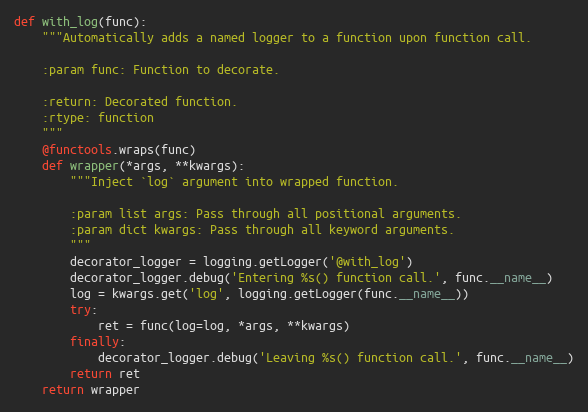
Language: Python
def with_log(func):
    """Automatically adds a named logger to a function upon function call.

    :param func: Function to decorate.

    :return: Decorated function.
    :rtype: function
    """
    @functools.wraps(func)
    def wrapper(*args, **kwargs):
        """Inject `log` argument into wrapped function.

        :param list args: Pass through all positional arguments.
        :param dict kwargs: Pass through all keyword arguments.
        """
        decorator_logger = logging.getLogger('@with_log')
        decorator_logger.debug('Entering %s() function call.', func.__name__)
        log = kwargs.get('log', logging.getLogger(func.__name__))
        try:
            ret = func(log=log, *args, **kwargs)
        finally:
            decorator_logger.debug('Leaving %s() function call.', func.__name__)
        return ret
    return wrapper